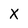
Character: X